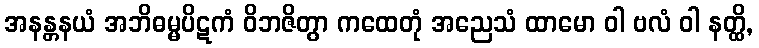
အနန္တနယံ အဘိဓမ္မပိဋကံ ဝိဘဇိတွာ ကထေတုံ အညေသံ ထာမော ဝါ ဗလံ ဝါ နတ္ထိ,